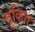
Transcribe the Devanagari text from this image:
चुंकिंग